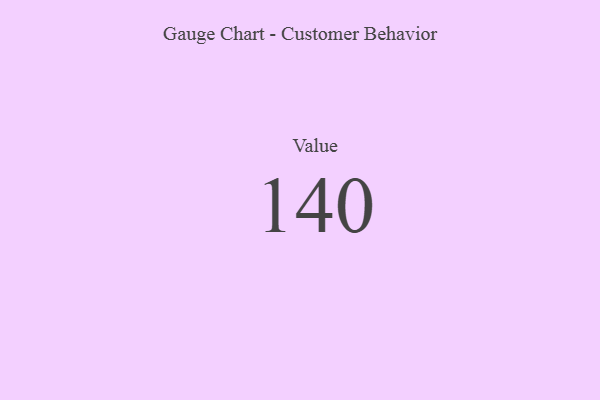
{"axis": {"x": "Metric", "y": "Value"}, "legend": [""], "data": [{"x": "Value", "y": 140, "type": ""}]}